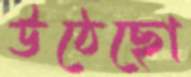
উঠেছো